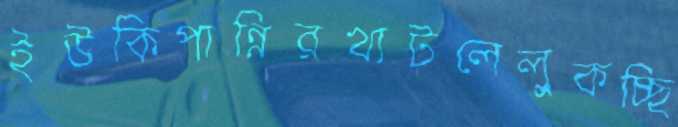
ইউকিপান্নিরখাটলেলুকচ্ছি